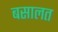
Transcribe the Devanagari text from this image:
बसालत